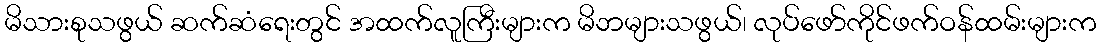
မိသားစုသဖွယ် ဆက်ဆံရေးတွင် အထက်လူကြီးများက မိဘများသဖွယ်၊ လုပ်ဖော်ကိုင်ဖက်ဝန်ထမ်းများက